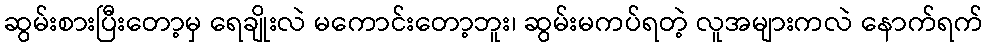
ဆွမ်းစားပြီးတော့မှ ရေချိုးလဲ မကောင်းတော့ဘူး၊ ဆွမ်းမကပ်ရတဲ့ လူအများကလဲ နောက်ရက်